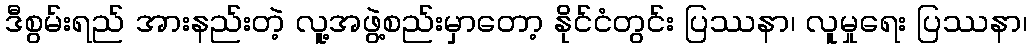
ဒီစွမ်းရည် အားနည်းတဲ့ လူ့အဖွဲ့စည်းမှာတော့ နိုင်ငံတွင်း ပြဿနာ၊ လူမှုရေး ပြဿနာ၊